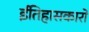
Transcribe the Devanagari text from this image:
ईतिहासकारों